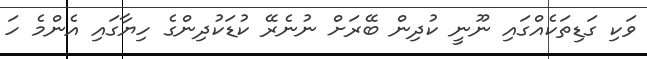
ވަކި ގަޑިތަކެއްގައި ނޫނީ ކުދިން ބޭރަށް ނުނެރޭ ކުޑަކުދިންގެ ހިޔާގައި އެންމެ ހަ